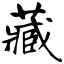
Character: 藏